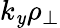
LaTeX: k_{\mathit{y}}\rho_{\perp}